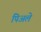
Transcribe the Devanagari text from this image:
पिअले